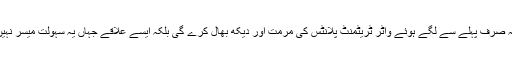
انہوں نے یہ بھی کہا کہ مستقل بنیادوں پر یونیورسٹی میں ایک سٹوڈنٹ سوسائٹی بنائی جائے گی جو نہ صرف پہلے سے لگے ہوئے واٹر ٹریٹمنٹ پلانٹس کی مرمت اور دیکھ بھال کرے گی بلکہ ایسے علاقے جہاں یہ سہولت میسر نہیں ہے وہاں ضلعی انتظامیہ، یونیورسٹی اور سول سوسائٹی کے تعاون سے نئے پلانٹس بھی لگائے گی۔